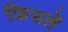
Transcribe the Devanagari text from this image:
फिसलें